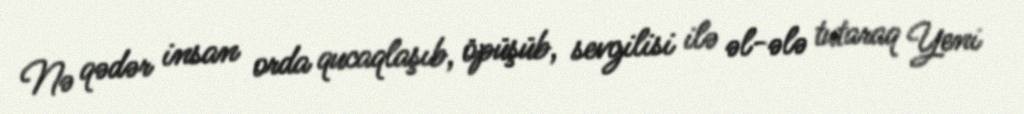
Nə qədər insan orda qucaqlaşıb, öpüşüb, sevgilisi ilə əl-ələ tutaraq Yeni